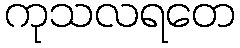
ကုသလရတေ